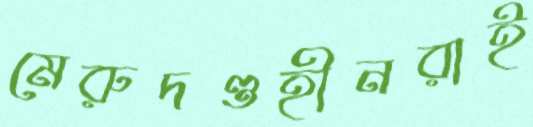
মেরুদণ্ডহীনরাই